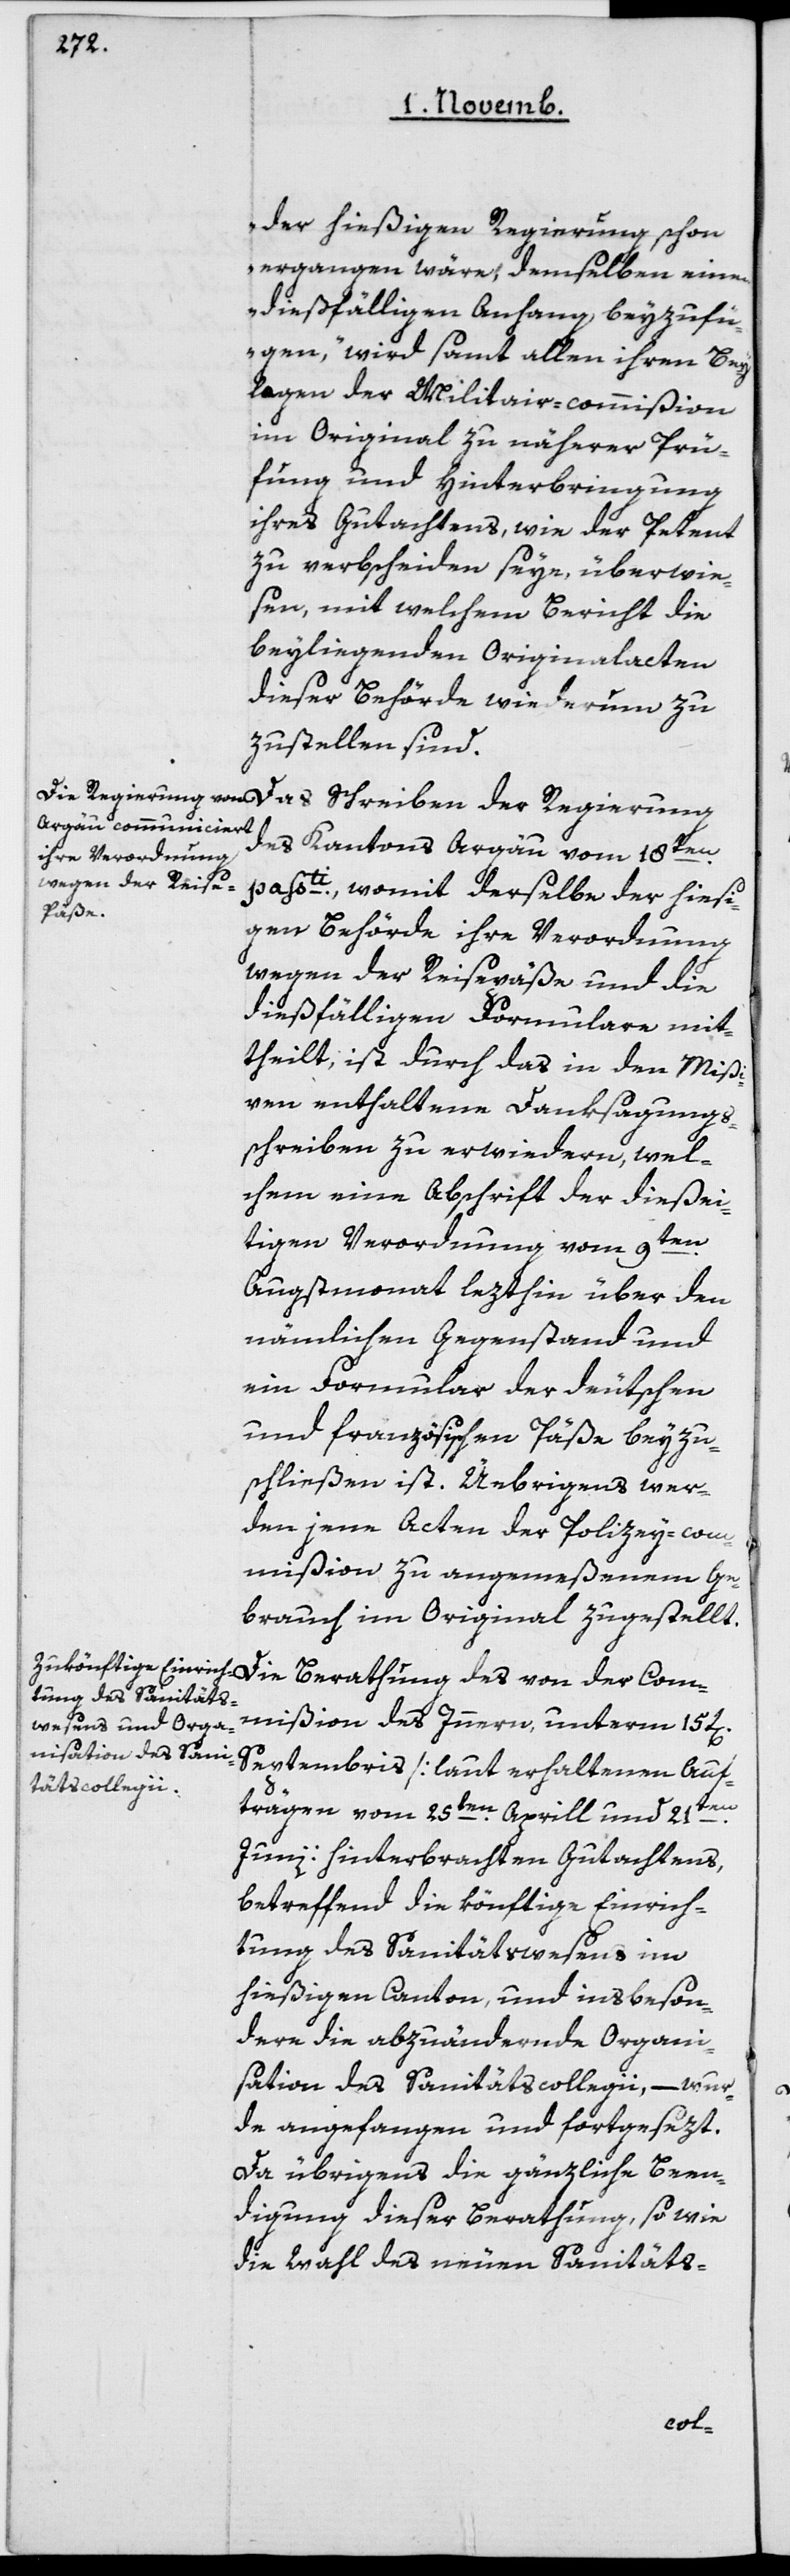
der hießigen Regierung schon
ergangen wäre, demselben einen
dießfälligen Anhang beyzufü¬
gen“, wird samt allen ihren Bey¬
lagen der Militair-Commißion
im Original zu näherer Prü¬
fung und Hinterbringung
ihres Gutachtens, wie der Petent
zu verbscheiden seye, überwie¬
sen, mit welchem Bericht die
beyliegenden Originalacten
dieser Behörde wiederum zu¬
zustellen sind.
des Kantons Argau vom 18ten
passti, womit derselbe der hiesi¬
gen Behörde ihre Verordnung
wegen der Reisepäße und die
dießfälligen Formulare mit¬
theilt, ist durch das in den Mißi¬
ven enthaltene Danksagungs¬
schreiben zu erwiedern, wel¬
chem eine Abschrift der dießei¬
tigen Verordnung vom 9ten
Augstmonat lezthin über den
nämlichen Gegenstand und
ein Formular der deutschen
und französischen Päße beyzu¬
schließen ist. Übrigens wer¬
den jene Acten der Polizey-Com¬
mißion zu angemeßenem Ge¬
brauch im Original zugestellt.
mißion des Innern unterm 15ten
Septembris [laut erhaltenen Auf¬
trägen vom 25ten Aprill und 21ten
Juni] hinterbrachten Gutachtens,
betreffend die könftige Einrich¬
tung des Sanitätswesens im
hießigen Canton, und insbeson¬
dere die abzuändernde Organi¬
sation des Sanitätscollegii, – wur¬
de angefangen und fortgesezt.
Da übrigens die gänzliche Been¬
digung dieser Berathung, sowie
die Wahl des neuen Sanitäts-
Com¬